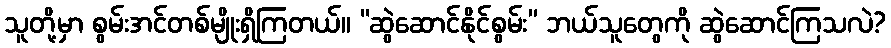
သူတို့မှာ စွမ်းအင်တစ်မျိုးရှိကြတယ်။ “ဆွဲဆောင်နိုင်စွမ်း” ဘယ်သူတွေကို ဆွဲဆောင်ကြသလဲ?